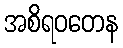
အစိရဝတေန